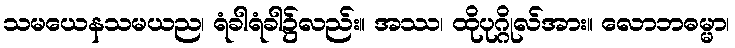
သမယေနသမယည၊ ရံခါရံခါ၌လည်း။ အဿ၊ ထိုပုဂ္ဂိုလ်အား။ လောဘဓမ္မာ၊